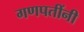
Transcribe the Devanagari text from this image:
गणपतींनी